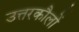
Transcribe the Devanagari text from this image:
उत्तरकौलों